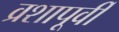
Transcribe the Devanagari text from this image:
व्रशापूर्वी